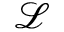
\mathcal { L }